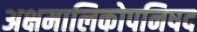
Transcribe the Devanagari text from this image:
अक्षमालिकोपनिषद